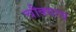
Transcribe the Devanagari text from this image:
चौक्याच